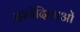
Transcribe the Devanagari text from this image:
दशोदिशाओं